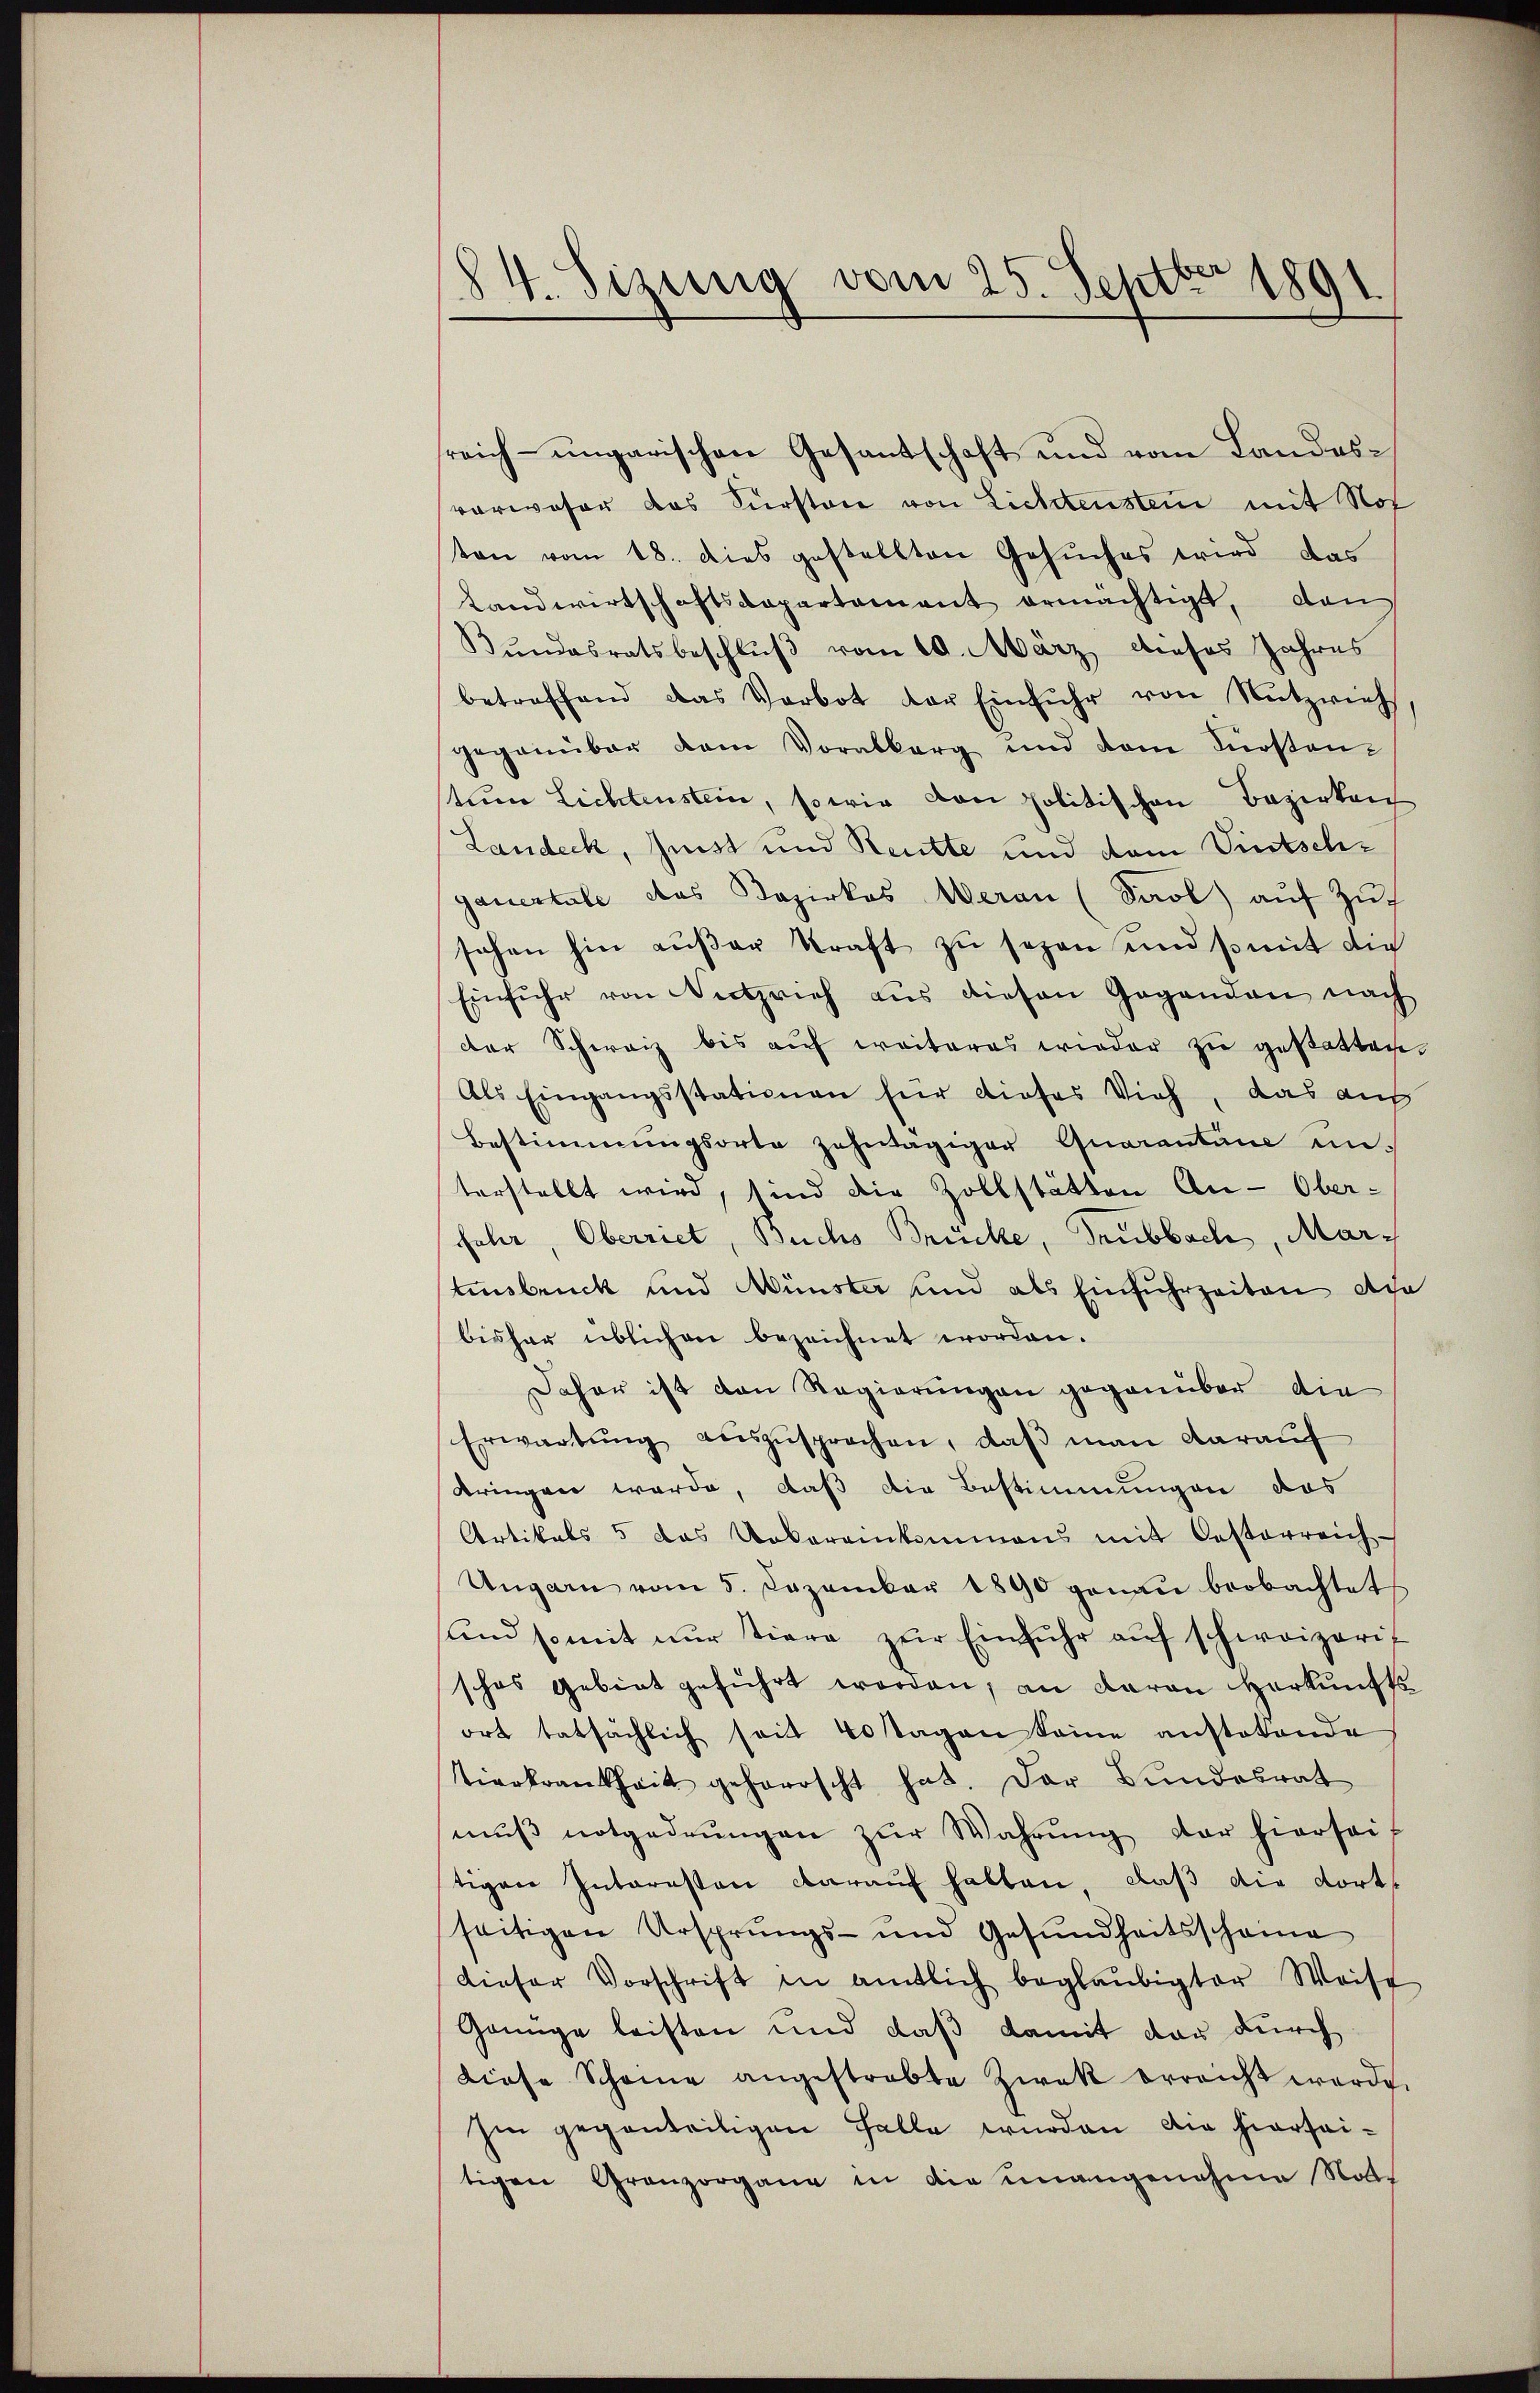
84. Sizung vom 25. Septber 1891.

reich- ungarischen Gesantschaft und vom Landesverweser das Fürstore von Lichtensten mit Not
ton vom 18. dies gestellten Gesŭches wird das
Landwirtschaftsdepartement ermächtigt, dan
Bundesratsbeschluß vom 10. März dieses Jahres
betreffend das Verbot der Einfŭhr von Nŭtzrieh
gegenüber dem Vorabberg und dem Fürsten-
tum Lichtenstein, so wie von politischen Bezirken
Landeck, Geist und Reutte und dem Vintschgauertate das Dozirkes Weran (Paol aŭf Zŭ
sehen hin aŭβer kraft zŭ sezen und somit die
Einführ von Nutzrich aus diesen Gegenden nach
der Schweiz bis auf weiteres wieder zu gestatten.
Als Eingangsstationen für dieses Vieh, das auf
Bestimmungsorte zehntägiger Quarantine un-
terstellt wird, sind die Zollstätten An-Ober-
fahr, Oberriet, Buchs Brücke, Trubbach, Martensbruck und Münster und als Einfuhrzeiten Aca
bisher üblichen bezeichnet worden.
Daher ist von Regierungen gegenüber die
Erwartung auszusprochen, daß man darauf
dringen werde, daß die Bestimmungen das
Artikals 5 das Dokareinkommens mit Oesterreich-
Ungarn vom 5. Dezember 1890 genau beobachtet
und somit nŭr tiere zŭr Einfuhr aŭf schweizeri
schas Gebiet geführt worden, an daran Herkunft
ort tatsächlich seit 40 stagen seine anstatende
Tierkrankheit gehorrscht hat. Der Bundesrat
mŭs notgedrungen zŭr Wahrŭng der hierseit
tigen Interesten darauf halten, daß die dortseitigen Ursprungs- und Gesundheitsschame
dieser Vorschrift in amtlich beglaubigter Weise
Genüge leisten und daß damit der durch
diese Scheine angestrebte Zwak erreicht werde.
hin gegenteiligen Falle wurden die hierseitigen Granzorgane in die unangenehme Nots